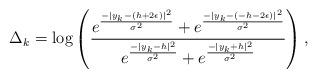
LaTeX: \begin{align*}\Delta_{k} = \mbox{log} \left(\frac{e^{\frac{-|y_{k} - (h+2\epsilon)|^2}{\sigma^{2}}} + e^{\frac{-|y_{k} - (-h-2\epsilon)|^2}{\sigma^{2}}}}{e^{\frac{-|y_{k} - h|^2}{\sigma^{2}}} + e^{\frac{-|y_{k} + h|^2}{\sigma^{2}}}}\right),\end{align*}